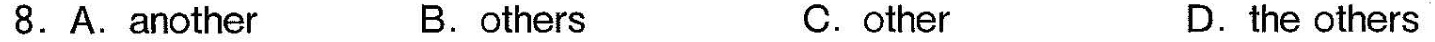
8.A.Another B.others C.other D.the others